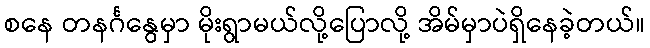
စနေ တနင်္ဂနွေမှာ မိုးရွာမယ်လို့ပြောလို့ အိမ်မှာပဲရှိနေခဲ့တယ်။